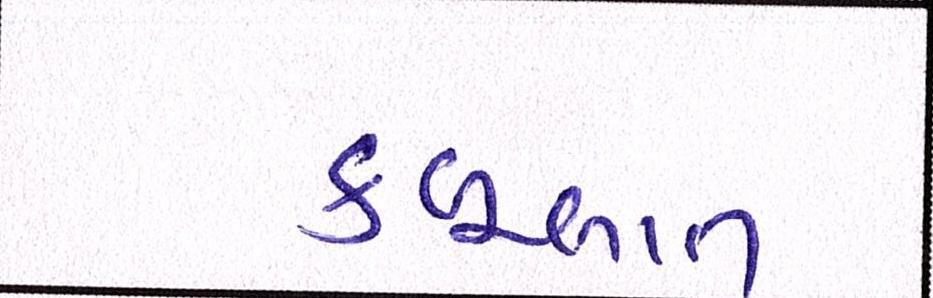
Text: કબૂલાત